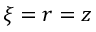
\xi = r = z